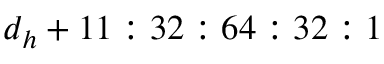
d _ { h } + 1 1 : 3 2 : 6 4 : 3 2 : 1